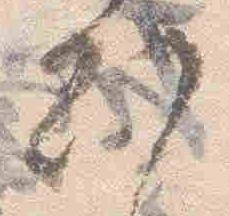
刻